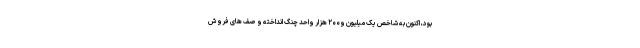
بود، اکنون به شاخص یک میلیون و۲۰۰ هزار واحد چنگ انداخته و صف های فروش